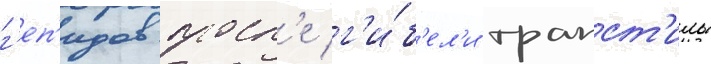
г'еп'идов посл'е г'и́б'ел'и трапст'илы